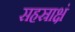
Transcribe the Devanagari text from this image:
सहस्राक्षं